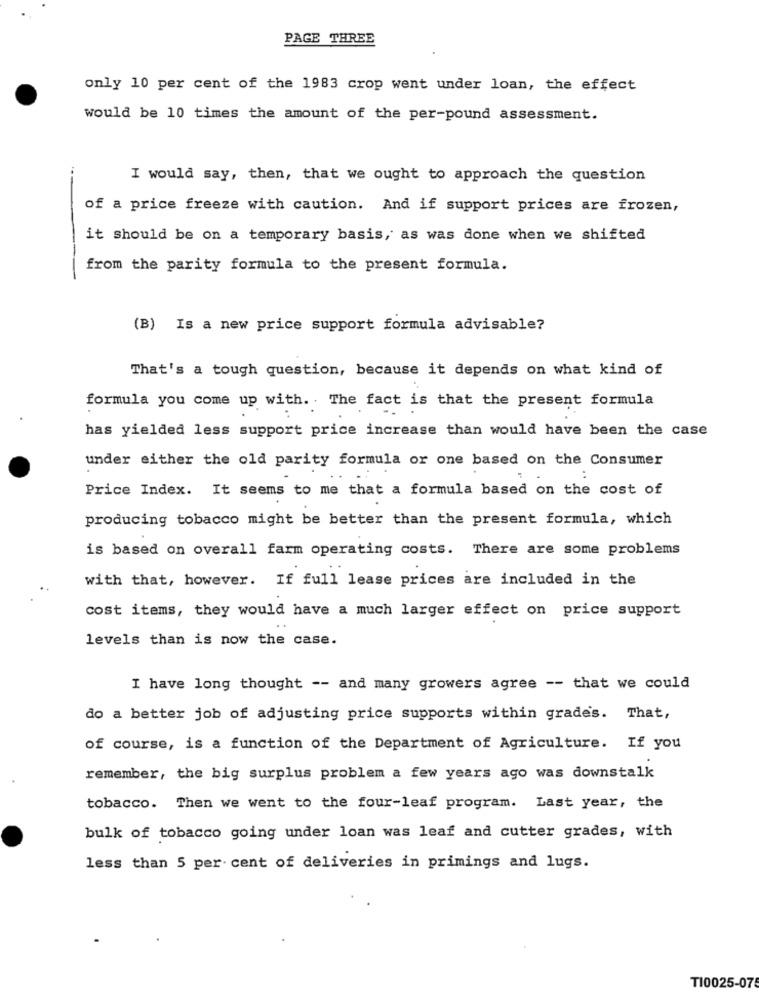
PAGE THREE
only 10 per cent of the 1983 crop went under loan, the effect
would be 10 times the amount of the per-pound assessment.
I would say, then, that we ought to approach the question
of a price freeze with caution. And if support prices are frozen,
it should be on a temporary basis, as was done when we shifted
from the parity formula to the present formula.
(B) Is a new price support formula advisable?
That's a tough question, because it depends on what kind of
formula you come up with. . The fact is that the present formula
has yielded less support price increase than would have been the case
under either the old parity formula or one based on the Consumer
Price Index. It seems to me that a formula based on the cost of
producing tobacco might be better than the present formula, which
is based on overall farm operating costs. There are some problems
with that, however. If full lease prices are included in the
cost items, they would have a much larger effect on price support
levels than is now the case.
I have long thought -- and many growers agree -- that we could
do a better job of adjusting price supports within grades. That,
of course, is a function of the Department of Agriculture. If you
remember, the big surplus problem a few years ago was downstalk
tobacco. Then we went to the four-leaf program. Last year, the
bulk of tobacco going under loan was leaf and cutter grades, with
less than 5 per cent of deliveries in primings and lugs.
TI0025-075